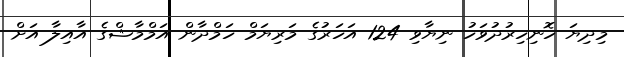
މިދިޔަ ހޮނިހިރުދުވަހު ނިޔާވި 124 އަހަރުގެ މަރިޔަމް ހަމްދާން އަމްމާޝްގެ އާއިލާ އަށް